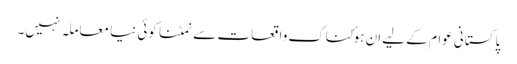
پاکستانی عوام کے لیے اِن ہوٴلناک واقعات سے نمٹنا کوئی نیا معاملہ نہیں۔